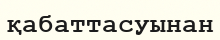
қабаттасуынан